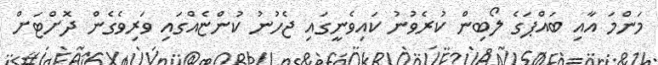
މަންމަ އާއި ބައްޕަގެ ލޯބިން ކުރެވުނު ކައިވެނީގައި ޖެހުނު ކުންޏެއްގައި ވަރިވެގެން ދޮށްޓަށް